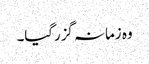
وہ زمانہ گزرگیا۔